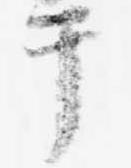
テ